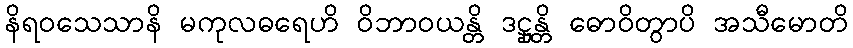
နိရဝသေသာနိ မကုလဓရေဟိ ဝိဘာဝယန္တိ ဒဋ္ဌုန္တိ ဓောဝိတွာပိ အသီမောတိ